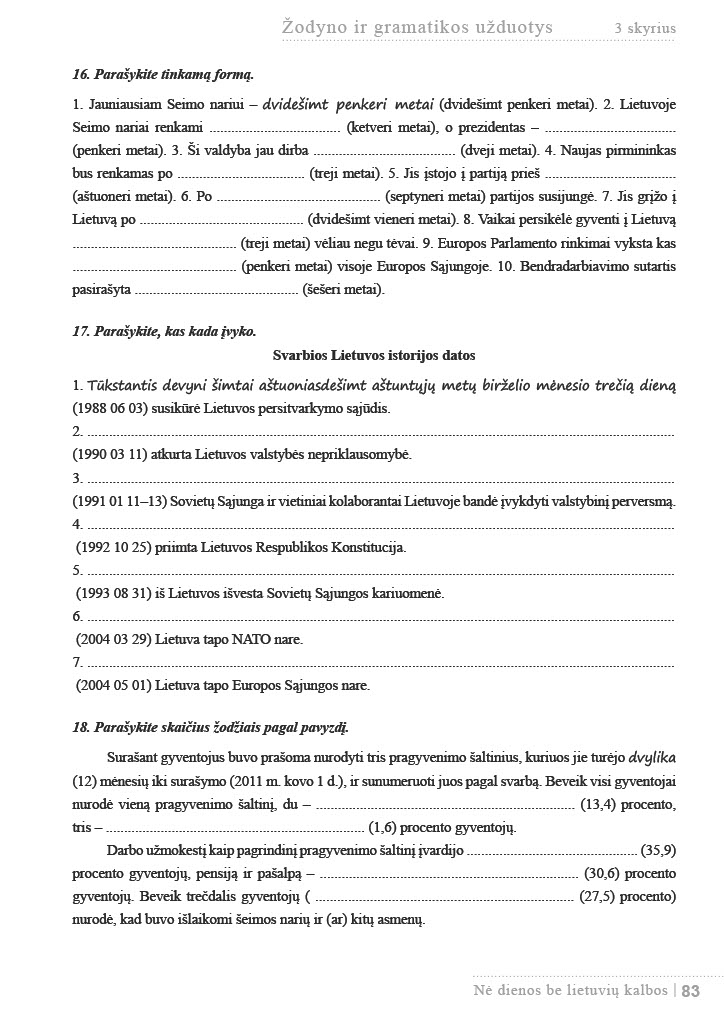
Language: lt